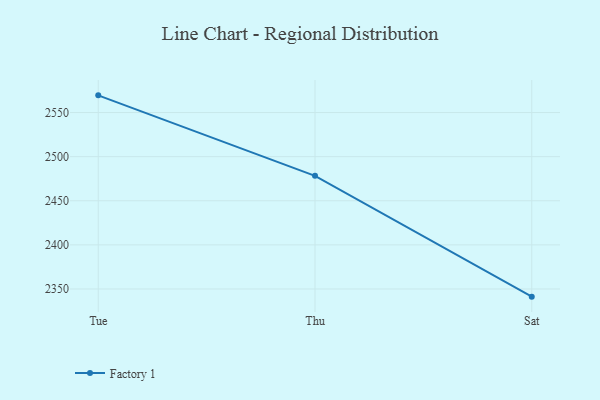
{"axis": {"x": "Day", "y": "Operating Costs (USD K)"}, "legend": ["Factory 1"], "data": [{"x": "Tue", "y": 2569.5, "type": "Factory 1"}, {"x": "Thu", "y": 2478.3, "type": "Factory 1"}, {"x": "Sat", "y": 2341.3, "type": "Factory 1"}]}